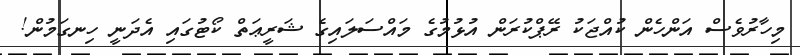
މިހާރުވެސް އަންހެން ކުއްޖަކު ރޭޕްކުރަން އުޅުމުގެ މައްސަލައިގެ ޝަރީޢަތް ކޯޓުގައި އެދަނީ ހިނގަމުން!